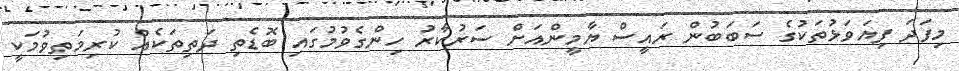
މިފަދަ ފިޔަވަޅުތަކުގެ ސަބަބުން ރައީސް ޔާމީންއަށް ސަރުކާރު ހިންގެވުމުގައި ބޮޑެތި ދަތިތަކެއް ކުރިމަތިވުމަކީ